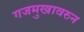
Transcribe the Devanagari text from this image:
गजमुखावरुन